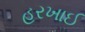
હરખાઈ